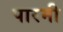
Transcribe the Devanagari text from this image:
पारमी